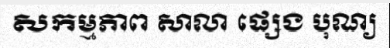
សកម្មភាព សាលា ផ្សេង បុណ្យ